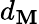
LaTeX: d_{\mathbf{M}}